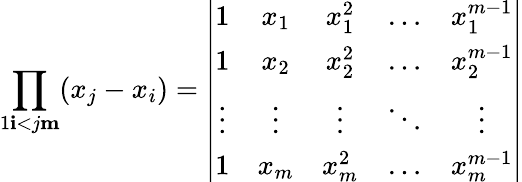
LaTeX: \prod_{1\le i<j\le m}(x_{j}-x_{i})=\left|\begin{array}{ccccc}{{1}}&{{x_{1}}}&{{x_{1}^{2}}}&{{\dots}}&{{x_{1}^{m-1}}}\\ {{1}}&{{x_{2}}}&{{x_{2}^{2}}}&{{\dots}}&{{x_{2}^{m-1}}}\\ {{\vdots}}&{{\vdots}}&{{\vdots}}&{{\ddots}}&{{\vdots}}\\ {{1}}&{{x_{m}}}&{{x_{m}^{2}}}&{{\dots}}&{{x_{m}^{m-1}}}\end{array}\right|